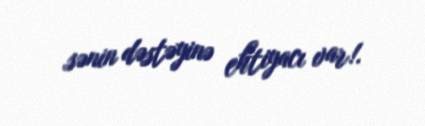
sənin dəstəyinə ehtiyacı var!.